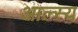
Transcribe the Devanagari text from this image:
आल्स्य